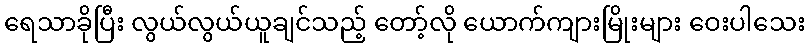
ရေသာခိုပြီး လွယ်လွယ်ယူချင်သည့် တော့်လို ယောက်ကျားမြိုးများ ဝေးပါသေး